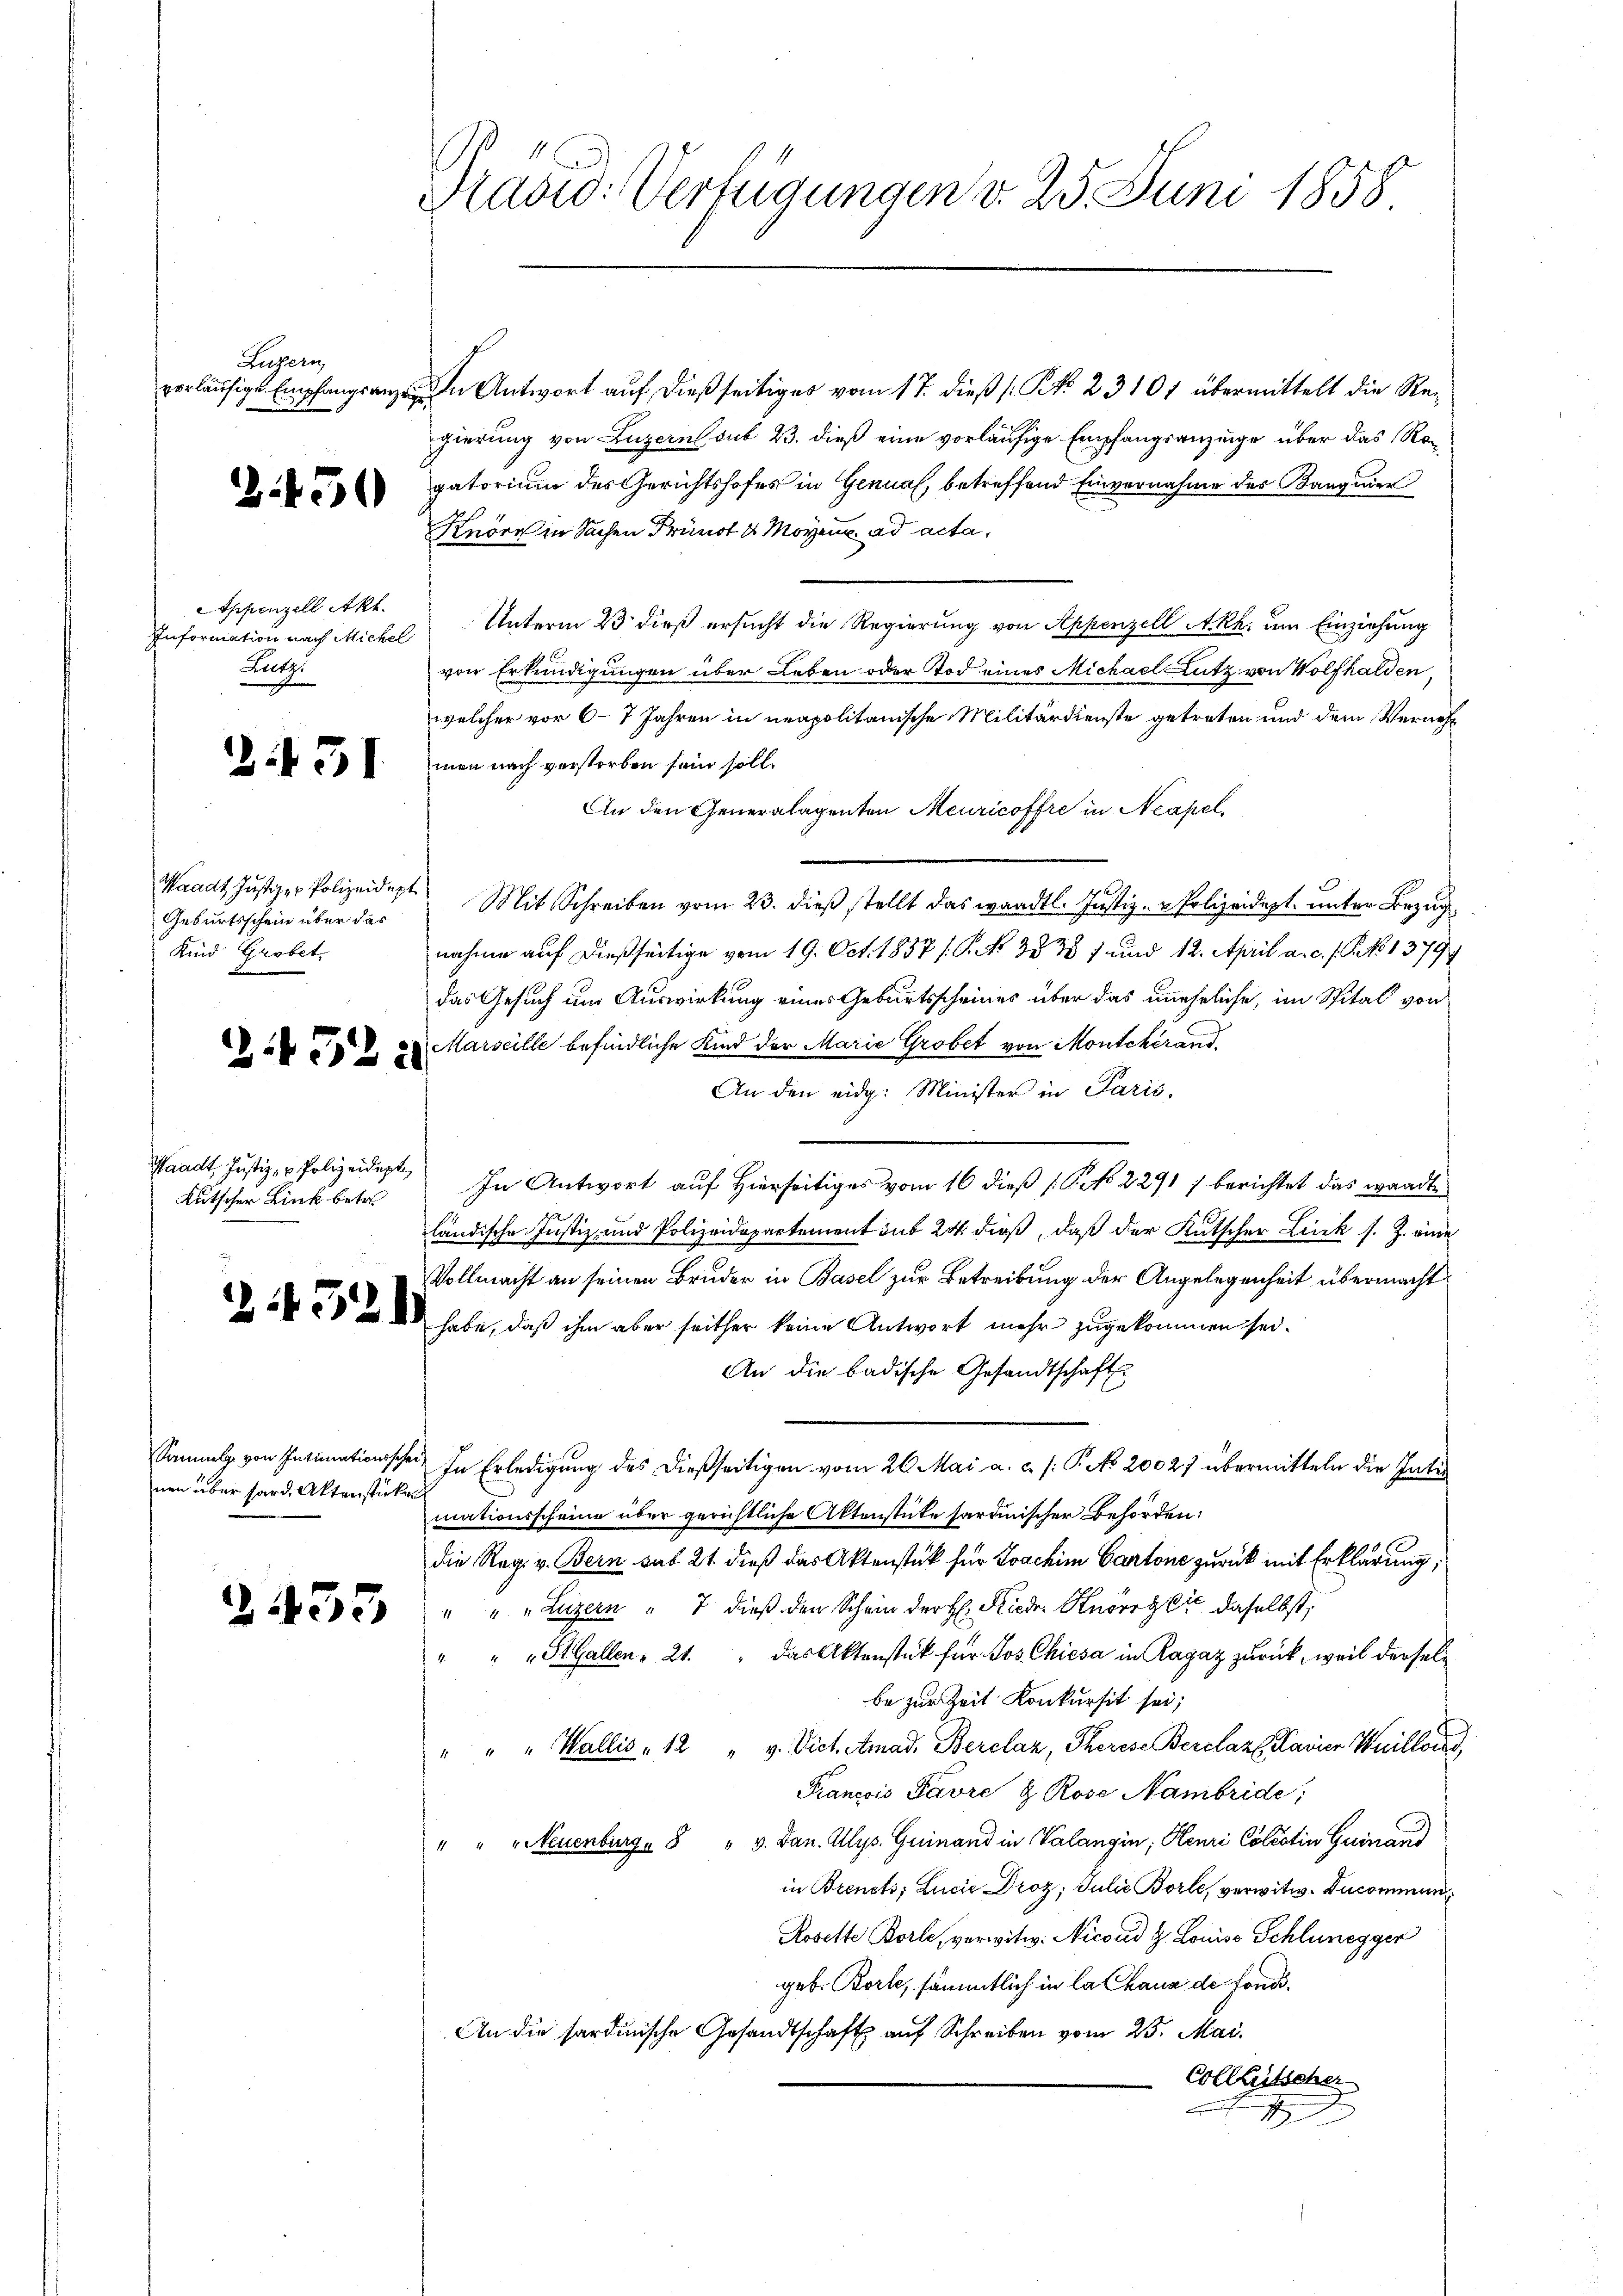
Augarn

)

450

tppenzell Akt.
Lutz

.431

Waadt Justiz - Polizeidept
Geburtsschein über das
Kind Grobet.

2.452

Waadt, Justiz- & Polizeidigt,
Kutscher Link betr.

nen über hard, Aktenstücken

2453

Rasid: Verfügungen d. 25. Juni 1858

verläufige Empfangsanzen Antwort auf dießseitiges vom 17. dieß (N. 23101 übermittelt die Regierung von Luzern sub 23. dieß eine vorläufige Empfangsanzeige über das Regatorium des Gerichtshofes in Genua, betreffend Einvernahme des Banquier
Knöre in Sachen Frünot u Moyens ad acta,
Information nach Michel Unterm 23 dieß ersucht die Regierung von Appenzell A.Rh. um Einziehung
von Erkundigungen über Leben oder Tod eines Michael Lutz von Wolfhalden,
welcher vor 6-7 Jahren in neapolitanische Militärdienste getreten und dem Vernehmen nach verstorben sein soll.
An den Generalagenten Meuricoffre in Neapel,
Mit Schreiben vom 23. dieβ stellt das waadtl. Justiz- u Polizeidigt unter Bezug
nahme auf dießseitige vom 19. Oct. 1857 / P. NNo. 35. 387 und 12. April a. c. s. S. No 1379
das Gesuch um Auswirkung eines Geburtsscheines über das uneheliche, im Spital von
Marseille befindliche Kind der Marie Grobet von Montekerand
An den eidg. Minister in Paris,
In Antwort auf Hierseitiges vom 16 dieß (T. No 2291) berichtet das wandte
ländische Justiz- und Polizeidepartement sub 24 dieß, daß der Kutscher Link s. Z. eine
Vollmacht an seinen Bruder in Basel zur Betreibung der Angelegenheit übermacht
  habe, daß ihm aber seither keine Antwort mehr zugekommen sei.
An die badische Gesandtschaft
Sonnels von Intimationsschei- In Erledigung des dießseitigen vom 26. Mai a. c. s. P. No. 20027 übermitteln die Inti
mationsscheine über gerichtliche Aktenstücke hardinischer Behörden:
die Reg. v. Bern sub 21. dieß das Aktenstück für Joachim Cartone zurück mit Erklärung,
" " " Luzern " 7 dieß den Schein der H. Rieder Knorrg Er daselbst,
" "StGallen: 21. " das Aktenstück für Jos Chiesa in Ragaz zurück, weil derselbe zur Zeit Konkursit sei;
" " " Wallis, 12 " v. Vict. Amad. Berclaz, Therese Berclaz (Klavier Weillose
Francois Favre & Rose Nambride;
" " "Neuenburg. 8 " v. Dan. Alys. Guinand in Valangin, Henri Cölestin Guinand
in Brents; Lucia Droz, Julie Borle, verwitw. Ducomman¬
Rosette Borle, verwitw. Nicoud G. Louise Schlunegger
geb. Borle, sämmtlich in la Chaux de fond.
An die sardinische Gesandtschaft auf Schreiben vom 25. Mai.
Colletscher